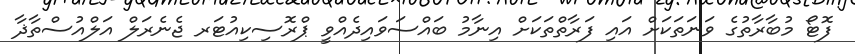
ފޮޓޯ މުބާރާތުގެ ވަނަތަކަށް އައި ފަރާތްތަކަށް އިނާމު ބައްސަވައިދެއްވީ ޕްރޮސިކިއުޓަރ ޖެނެރަލް އަލްއުސްތާޛާ